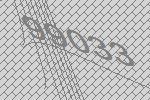
99033